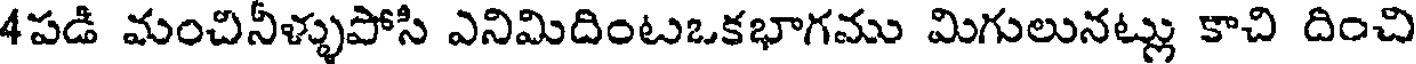
4పడి మంచినీళ్ళుపోసి ఎనిమిదింటఒకభాగము మిగులునట్లు కాచి దించి